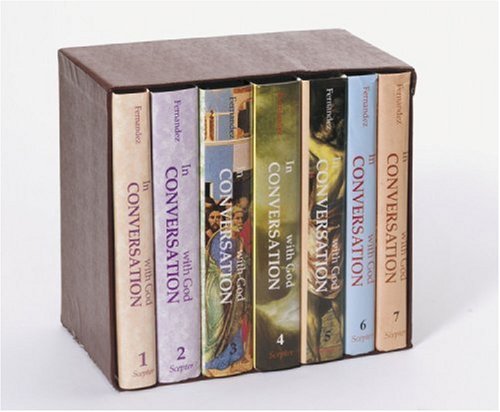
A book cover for In Conversation with God: Meditations for Each Day of the Year (7 Volume Set); Francis Fernandez; Christian Books & Bibles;